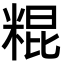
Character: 䊐